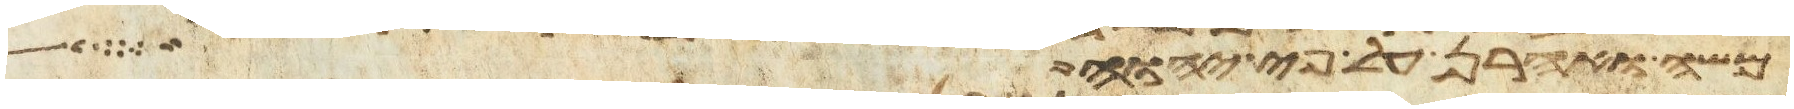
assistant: משה ואהרן על פי יהוה